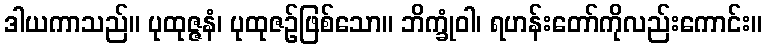
ဒါယကာသည်။ ပုထုဇ္ဇနံ၊ ပုထုဇဉ်ဖြစ်သော။ ဘိက္ခုံဝါ၊ ရဟန်းတော်ကိုလည်းကောင်း။